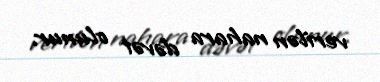
verilən nahara dəvət olunur.